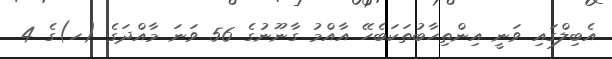
އެބިލްގައި ވަނީ އިންތިހާބުތަކަބެހޭ އާއްމު ގާނޫނުގެ 56 ވަނަ މާއްދަގެ (ހ)ގެ 4